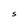
Character: S